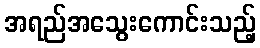
အရည်အသွေးကောင်းသည့်